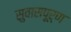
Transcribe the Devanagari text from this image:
सुवासपूर्ण